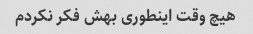
هیچ وقت اینطوری بهش فکر نکردم